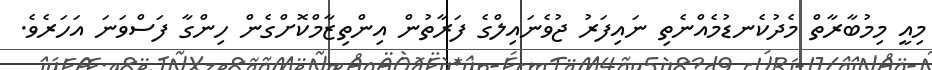
މިއީ މިމުބާރާތް މެދުކެނޑުމެއްނެތި ނައިފަރު ޖުވެނައިލްގެ ފަރާތުން އިންތިޒާމްކޮށްގެން ހިންގާ ފަސްވަނަ އަހަރެވެ.